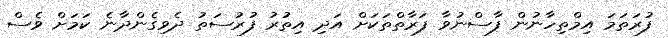
ފުރަތަމަ އިމްތިހާނުން ފާސްނުވާ ފަރާތްތަކަށް އަދި އިތުރު ފުރުސަތު ދެވިގެންދާނެ ކަމަށް ވެސް